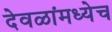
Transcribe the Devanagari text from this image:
देवळांमध्येच